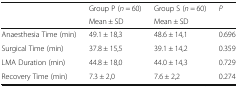
<table><thead><tr><td></td><td><b>Group P (<i>n</i> = 60)</b></td><td><b>Group S (<i>n</i> = 60)</b></td><td><b><i>P</i></b></td></tr><tr><td></td><td><b>Mean ± SD</b></td><td><b>Mean ± SD</b></td><td></td></tr></thead><tbody><tr><td>Anaesthesia Time (min)</td><td>49.1 ± 18,3</td><td>48.6 ± 14,1</td><td>0.696</td></tr><tr><td>Surgical Time (min)</td><td>37.8 ± 15,5</td><td>39.1 ± 14,2</td><td>0.359</td></tr><tr><td>LMA Duration (min)</td><td>44.8 ± 18,0</td><td>44.0 ± 14,3</td><td>0.729</td></tr><tr><td>Recovery Time (min)</td><td>7.3 ± 2,0</td><td>7.6 ± 2,2</td><td>0.274</td></tr></tbody></table>